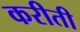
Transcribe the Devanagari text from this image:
करीती